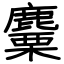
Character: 麜